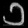
Digit: ၁